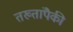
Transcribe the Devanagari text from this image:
तख्तांपैकी